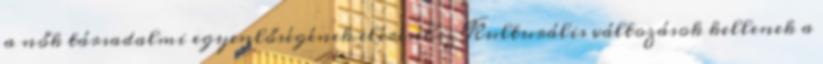
a nők társadalmi egyenlőségének eléréséhez Kulturális változások kellenek a